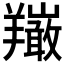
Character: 𦏦